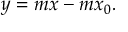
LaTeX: y = m x - m x _ { 0 } .